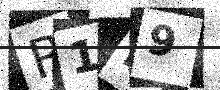
Text: R1K9